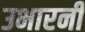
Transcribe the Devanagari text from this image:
उभारनी